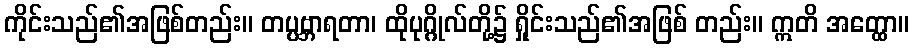
ကိုင်းသည်၏အဖြစ်တည်း။ တပ္ပဗ္ဘာရတာ၊ ထိုပုဂ္ဂိုလ်တို့၌ ရှိုင်းသည်၏အဖြစ် တည်း။ ဣတိ အတ္ထော။